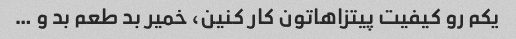
یکم رو کیفیت پیتزاهاتون کار کنین، خمیر بد طعم بد و …